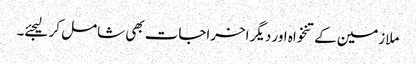
ملازمین کےتنخواہ اور دیگر اخراجات بھی شامل کر لیجئے۔